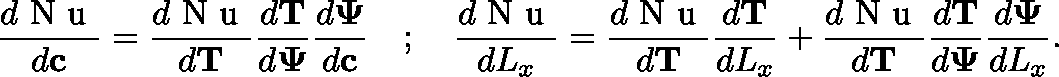
\frac { d \mathrm { ~ N ~ u ~ } } { d \mathbf { c } } = \frac { d \mathrm { ~ N ~ u ~ } } { d \mathbf { T } } \frac { d \mathbf { T } } { d \mathbf { \Psi } } \frac { d \mathbf { \Psi } } { d \mathbf { c } } \quad ; \quad \frac { d \mathrm { ~ N ~ u ~ } } { d L _ { x } } = \frac { d \mathrm { ~ N ~ u ~ } } { d \mathbf { T } } \frac { d \mathbf { T } } { d L _ { x } } + \frac { d \mathrm { ~ N ~ u ~ } } { d \mathbf { T } } \frac { d \mathbf { T } } { d \mathbf { \Psi } } \frac { d \mathbf { \Psi } } { d L _ { x } } .